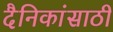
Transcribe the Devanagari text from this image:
दैनिकांसाठी